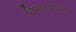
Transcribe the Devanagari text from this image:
विमातळावरुन